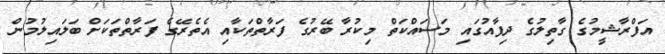
އަފްރާޝީމުގެ ގާތިލުގެ ދިފާއުގައި މަސައްކަތް މިކުރާ ބޭރުގެ ފަރާތްތަކާއި އެތެރޭގެ ފަރާތްތަކަށް ބަލައިލުމުން